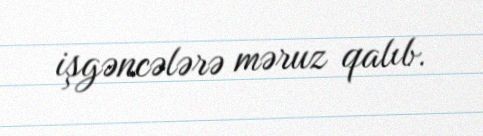
işgəncələrə məruz qalıb.